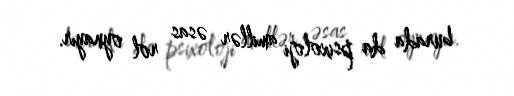
burada da psixoloji amillər əsas rol oynayır.